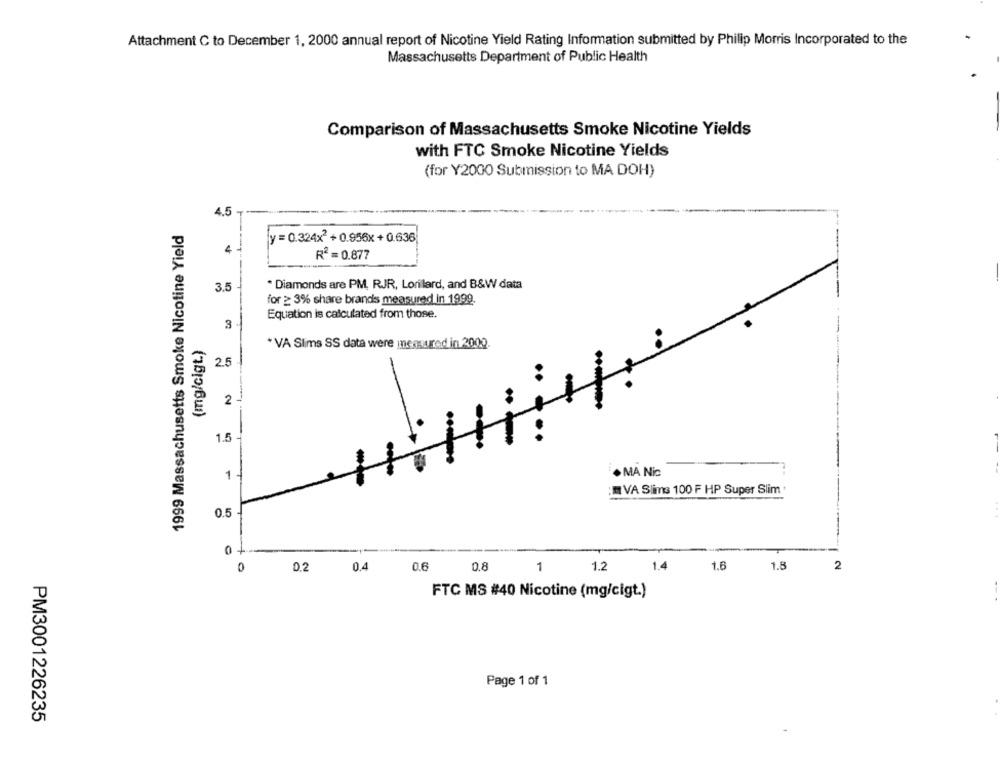
Attachment C to December 1, 2000 annual report of Nicotine Yield Rating Information submitted by Philip Morris Incorporated to the
Massachusetts Department of Public Health
Comparison of Massachusetts Smoke Nicotine Yields
with FTC Smoke Nicotine Yields
(for Y2000 Submission to MA DOH)
4,5
1999 Massachusetts Smoke Nicotine Yield
y = 0.324x2 + 0.956x+0.636
4
R2 = 0.877
3.5
* Diamonds are PM, RJR, Lorilard, and B&W data
for ≥ 3% share brands measured in 1999.
Equation is calculated from those.
3
(mg/cigt.)
* VA Slims SS data were measured in 2002.
2.5
2
1.5
-
. MA Nic
1 -
: VA Slims 100 F HP Super Slim
0.5
1+
0.6
1.6
1.8
2
0
0.2
0.4
0.8
1
1.2
1.4
FTC MS #40 Nicotine (mg/cigt.)
Page 1 of 1
PM3001226235